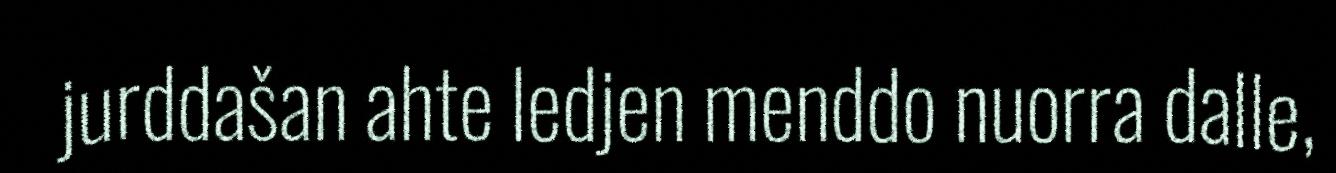
jurddašan ahte ledjen menddo nuorra dalle,